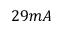
2 9 m A